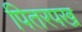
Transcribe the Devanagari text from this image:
पितरपख